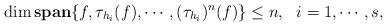
LaTeX: \begin{align*} \dim \mathbf{span} \{f, \tau_{h_i}(f),\cdots, (\tau_{h_i})^{n}(f)\} \leq n, \ \ i=1,\cdots,s,\end{align*}